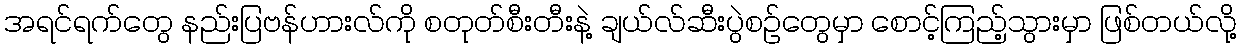
အရင်ရက်တွေ နည်းပြဗန်ဟားလ်ကို စတုတ်စီးတီးနဲ့ ချယ်လ်ဆီးပွဲစဉ်တွေမှာ စောင့်ကြည့်သွားမှာ ဖြစ်တယ်လို့